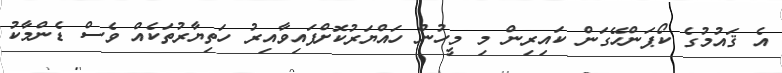
އެ ޤައުމުގެ ކޯޕަންހޭގަން ކައިރިން މި މީހުން ހައްޔަރުކޮށްފައިވާއިރު ހަތިޔާރުތަކެއް ވެސް ޑެންމާކު